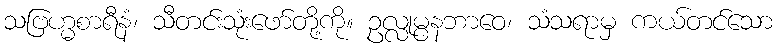
သဗြဟ္မစာရီနံ၊ သီတင်းသုံးဖော်တို့ကို။ ဥလ္လုမ္ပနဘာဝေ၊ သံသရာမှ ကယ်တင်သော